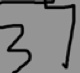
3 7